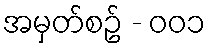
အမှတ်စဥ် - ၀၀၁